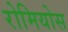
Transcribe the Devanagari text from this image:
रोमियोस